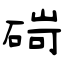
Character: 碋